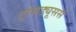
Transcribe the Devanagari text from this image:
ट्रांसड्यूसर्स